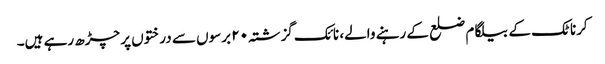
کرناٹک کے بیلگام ضلع کے رہنے والے، نائک گزشتہ ۲۰ برسوں سے درختوں پر چڑھ رہے ہیں۔